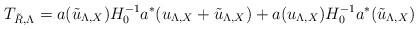
LaTeX: \begin{align*}T_{\tilde{R},\Lambda} = a(\tilde{u}_{\Lambda,X})H_0^{-1}a^*(u_{\Lambda,X}+\tilde{u}_{\Lambda,X}) + a(u_{\Lambda,X})H_0^{-1}a^*(\tilde{u}_{\Lambda,X})\end{align*}